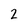
Character: 2